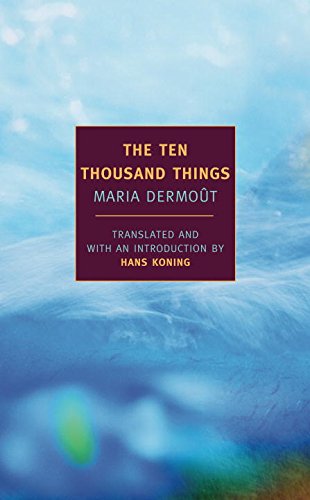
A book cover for The Ten Thousand Things; Maria Dermout; Science Fiction & Fantasy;